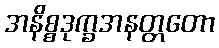
အနိစ္စဒုက္ခအနတ္တတော